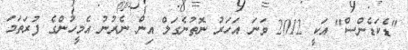
"ޑެކަޑެންސް" އަކީ 2012 ވަނަ އަހަރު ނޮތުނެގަލް އިން ނެރުނު އެމީހުންގެ ފުރަތަމަ